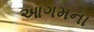
આગમના